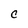
Character: C